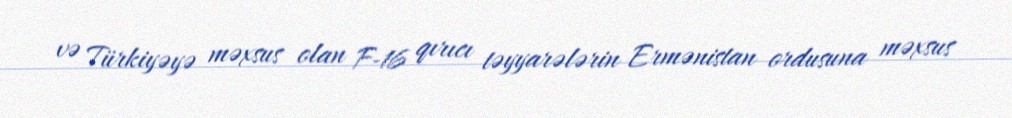
və Türkiyəyə məxsus olan F-16 qırıcı təyyarələrin Ermənistan ordusuna məxsus